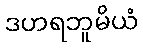
ဒဟရဘူမိယံ